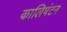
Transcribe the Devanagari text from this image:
कालिमंटन